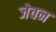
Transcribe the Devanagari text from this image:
जेवन